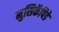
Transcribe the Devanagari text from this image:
मुसिकॅपिडे